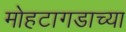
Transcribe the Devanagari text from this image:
मोहटागडाच्या